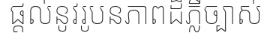
ផ្តល់នូវរូបនភាពដ៏ភ្លឺច្បាស់